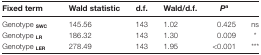
<table><thead><tr><td><b>Fixed term</b></td><td><b>Wald statistic</b></td><td><b>d.f.</b></td><td><b>Wald/d.f.</b></td><td><b><i>P</i><sup>a</sup></b></td><td></td></tr></thead><tbody><tr><td>Genotype <sub><b>SWC</b></sub></td><td>145.56</td><td>143</td><td>1.02</td><td>0.425</td><td>ns</td></tr><tr><td>Genotype <sub><b>LR</b></sub></td><td>186.32</td><td>143</td><td>1.30</td><td>0.009</td><td>*</td></tr><tr><td>Genotype <sub><b>LER</b></sub></td><td>278.49</td><td>143</td><td>1.95</td><td>&lt;0.001</td><td>***</td></tr></tbody></table>